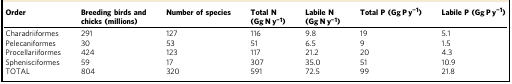
<table><thead><tr><td><b>Order</b></td><td><b>Breeding birds and chicks (millions)</b></td><td><b>Number of species</b></td><td><b>Total N (Gg N y<sup>−1</sup>)</b></td><td><b>Labile N (Gg N y<sup>−1</sup>)</b></td><td><b>Total P (Gg P y<sup>−1</sup>)</b></td><td><b>Labile P (Gg P y<sup>−1</sup>)</b></td></tr></thead><tbody><tr><td>Charadriiformes</td><td>291</td><td>127</td><td>116</td><td>9.8</td><td>19</td><td>5.1</td></tr><tr><td>Pelecaniformes</td><td>30</td><td>53</td><td>51</td><td>6.5</td><td>9</td><td>1.5</td></tr><tr><td>Procellariiformes</td><td>424</td><td>123</td><td>117</td><td>21.2</td><td>20</td><td>4.3</td></tr><tr><td>Sphenisciformes</td><td>59</td><td>17</td><td>307</td><td>35.0</td><td>51</td><td>10.9</td></tr><tr><td>TOTAL</td><td>804</td><td>320</td><td>591</td><td>72.5</td><td>99</td><td>21.8</td></tr></tbody></table>